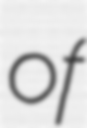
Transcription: of